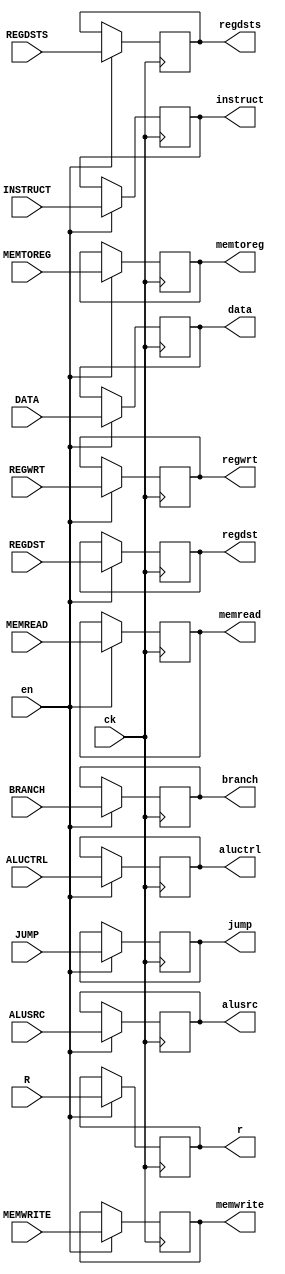
module DMEM_REG_WB (ck,REGDSTS,REGWRT,MEMREAD,MEMWRITE,ALUSRC,MEMTOREG,JUMP,BRANCH,ALUCTRL,INSTRUCT,DATA,R,REGDST,regdsts,regwrt,memread,memwrite,alusrc,memtoreg,jump,branch,aluctrl,instruct,data,r,regdst,en);
input ck,en,REGDSTS,REGWRT,MEMREAD,MEMWRITE,ALUSRC,MEMTOREG,JUMP,BRANCH;
input [31:0] INSTRUCT,DATA,R;
input [3:0] ALUCTRL;
input [4:0] REGDST;
output regdsts,regwrt,memread,memwrite,alusrc,memtoreg,jump,branch;
output [31:0] instruct,data,r;
output [3:0] aluctrl;
output[4:0] regdst;
reg regdsts,regwrt,memread,memwrite,alusrc,memtoreg,jump,branch;
reg [31:0] instruct,data,r;
reg [3:0] aluctrl;
reg [4:0] regdst;      
initial begin
  instruct = 32'b0;
end
always @(posedge ck) begin
    if(en) begin
    regdsts <=REGDSTS;
    regwrt  <=REGWRT;
    memread  <= MEMREAD;
    memwrite  <= MEMWRITE;
    alusrc  <= ALUSRC;
    memtoreg <=MEMTOREG;
    jump  <= JUMP;
    branch  <= BRANCH;
    aluctrl <= ALUCTRL;
    instruct <= INSTRUCT;
    data <= DATA;
    r  <=R;
    regdst <= REGDST; 
    end
end 
endmodule